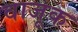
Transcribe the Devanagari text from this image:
वाजूक